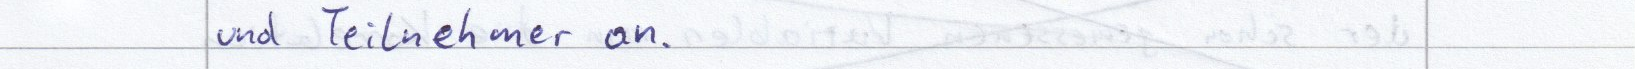
und Teilnehmer an.